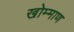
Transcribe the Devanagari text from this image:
खोम्माण